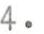
4